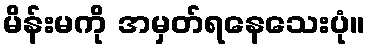
မိန်းမကို အမှတ်ရနေသေးပုံ။